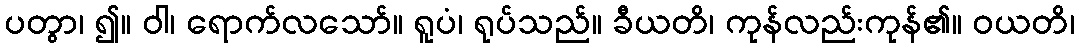
ပတွာ၊ ၍။ ဝါ၊ ရောက်လသော်။ ရူပံ၊ ရုပ်သည်။ ခီယတိ၊ ကုန်လည်းကုန်၏။ ဝယတိ၊